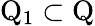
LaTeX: \mathrm{Q}_{1}\subset\mathrm{Q}